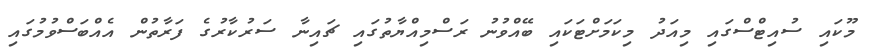
މޫކައި ސުއިޓްސްގައި މިއަދު މިކަމަށްޓަކައި ބޭއްވުނު ރަސްމިއްޔާތުގައި ޗައިނާ ސަރުކާރުގެ ފަރާތުން އެއްބަސްވުމުގައި